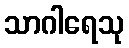
သာဂါရေသု